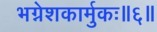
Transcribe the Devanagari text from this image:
भग्नेशकार्मुकः॥६॥